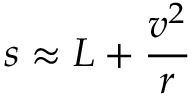
s \approx L + { \frac { v ^ { 2 } } { r } }